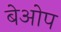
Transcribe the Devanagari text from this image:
बेओप